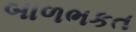
બાળભકત